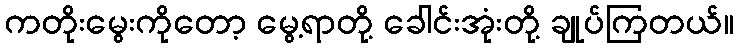
ကတိုးမွေးကိုတော့ မွေ့ရာတို့ ခေါင်းအုံးတို့ ချုပ်ကြတယ်။